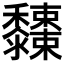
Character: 𪐓